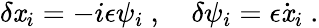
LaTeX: \delta\mathit{x}_{i}=-i\epsilon\psi_{i}\ ,\quad\delta\psi_{i}=\epsilon{\dot{{\mathit{x}}}}_{i}\ .